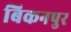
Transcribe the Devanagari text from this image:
बिकनपुर